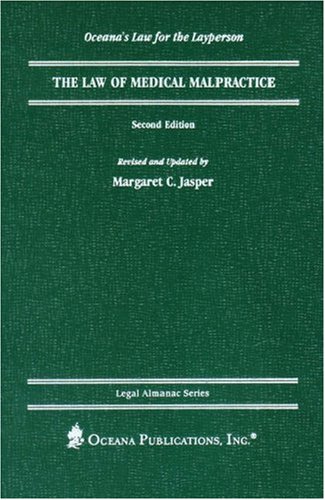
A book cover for The Law of Medical Malpractice (Legal Almanac Series); Margaret Jasper; Law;